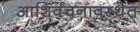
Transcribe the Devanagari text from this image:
आशिर्वचनावस्थेत